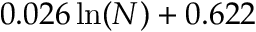
0 . 0 2 6 \, \mathrm { l n } ( N ) + 0 . 6 2 2